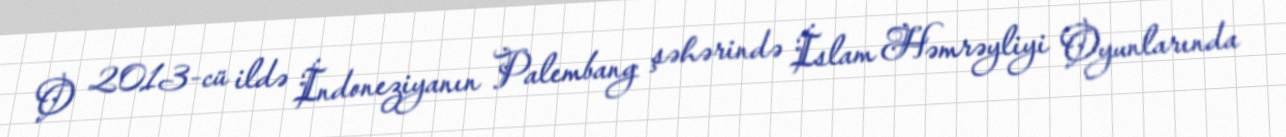
O 2013-cü ildə İndoneziyanın Palembang şəhərində İslam Həmrəyliyi Oyunlarında